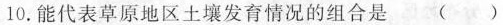
10.能代表草原地区土壤发育情况的组合是 （ ）